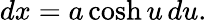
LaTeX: dx=a\cosh u\, du.